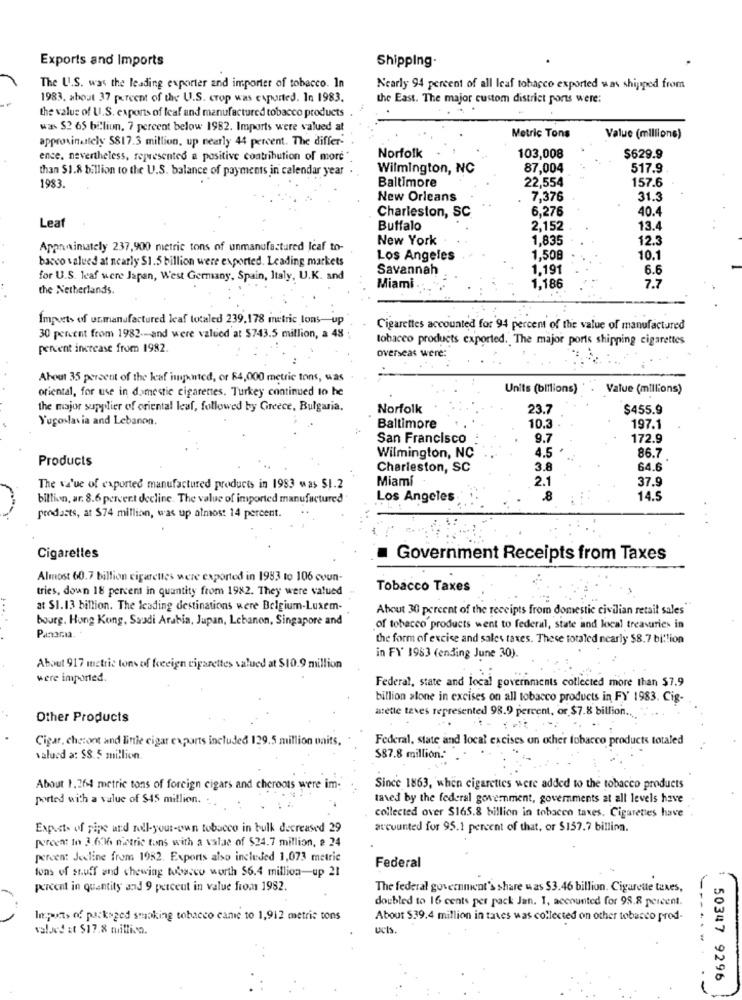
Exports and Imports
Shipping-
The U.S. was the leading exporter and importer of tobacco. In
Nearly 94 percent of all leaf tobacco exported was shipped from
1983. about 37 percent of the U.S. crop was exported. In 1983.
the East. The major custom district ports were:
the value of U.S. exports of leaf and manufactured tobacco products
was $2 65 billion. 7 percent below 1982. Imports were valued at
approximately $817.3 million, up nearly 44 percent. The differ-
Metric Tons
Value (millions)
ence. nevertheless, represented a positive contribution of more
Norfolk
103,008
$629.9
than $1.8 billion to the U.S. balance of payments in calendar year
Wilmington, NC
87,004
517.9
1983
Baltimore
22,554
157.6
New Orleans
7,376
31.3
6,276
40.4
Charleston, SC
Leaf
Buffalo
2,152
13.4
New York
1,835
12.3
Approximately 237,900 metric tons of unmanufactured Icaf to-
barco valued at nearly $1.5 billion were exported. Leading markets
Los Angeles
1,508
10.1
Savannah
1.191
6.6
for U.S. leaf were Japan, West Germany, Spain, Italy, U.K. and
the Netherlands.
Miami
1,186
7.7
Imports of unmanufactured leaf totaled 239,178 metric tons-up
Cigarettes accounted for 94 percent of the value of manufactured
30 percent from 1982 -- and were valued at $743.5 million, a 48
tobacco products exported. The major ports shipping cigarettes
percent increase from 1982.
overseas were:
About 35 percent of the kaf ingented, or $4,000 metric tons, was
oriental, for use in domestic cigarettes. Turkey continued to he
Units (billions)
Value (millions)
the major supplier of oriental leaf, followed by Greece, Bulgaria.
Norfolk
23.7
$455.9
Yugoslavia and Lebanon.
Baltimore
10.3
197.1
San Francisco
9.7
172.9
4.5
86.7
Products
Wilmington, NC
Charleston, SC
3.8
64.6
Miami
2.1
37.9
The va'ue of exported manufactured products in 1983 was $1.2
billion, ar. 8.6 percent decline. The value of imported manufactured
Los Angeles
.8
14.5
prodasts, at $74 million, was up almost 14 percent.
Cigarettes
Government Receipts from Taxes
Almost 60.7 billion cigarettes were exported in 1983 to 106 coun-
tries, down 18 percent in quantity from 1982. They were valued
Tobacco Taxes
at $1. 13 billion. The leading destinations were Belgium-Luxem-
About 30 percent of the receipts from domestic civilian retail sales"
bourg. Hong Kong, Saudi Arabia, Jupan, Lebanon, Singapore and
Panaria.
of tobacco products went to federal, state and local treasuries in
the form of excise and sales taxes. These totaled nearly $8.7 billion
in FY 1983 (ending June 30).
About 917 metric tons of foreign cigarettes valued at $10.9 million
were imported
Federal, state and local governments collected more than $7.9
billion stone in excises on all tobacco products in FY 1983. Cig-
assetle teves represented 98.9 percent, or $7.8 billion.
Other Products
Cigar, chesont and little cigar exports included 129.5 million units,
Federal, state and local excises on ocher tobacco products totaled
valued a: $8.5 million.
$87.8 million .*
About 1,264 metric tons of foreign cigars and cheroots were im-
Since 1863, when cigarettes were added to the tobacco products
ported with a value of $45 million. ..
taved by the federal government, governments at all levels have
collected over $165.8 billion in tobacen taxes. Cigarettes have
Expects of pipe and roll-your-own tobacco in bulk decreased 29
accounted for 95.1 percent of that, or $157.7 billion.
percent In 3.6036 metric tons with a value of $24.7 million, a 24
peteen: Jodline from 1982. Exports also included 1,073 metrie
Federal
tons of stuff and chewing tobacco worth $6.4 million-up 21
percent in quantity and 9 percent in value from 1982.
The federal government's share was $3.46 billion. Cigarette taxes,
doubled to 16 cents per pack Jan. 1, accounted for 98.8 percent.
Inputs of packaged smoking tobacco came to 1,912 metric tons
About $39.4 million in taxes was collected on other tobacco prod-
valued at $17.8 million.
ucis.
50347 9296